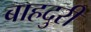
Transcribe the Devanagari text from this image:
बाहदुरी